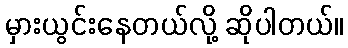
မှားယွင်းနေတယ်လို့ ဆိုပါတယ်။